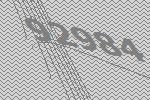
92984